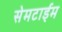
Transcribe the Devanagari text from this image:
सेमटाईम